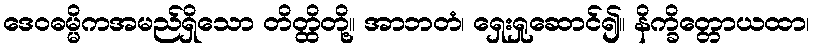
ဒေဝဓမ္မိကအမည်ရှိသော တိတ္ထိတို့။ အာဘတံ၊ ရှေးရှုဆောင်၍။ နိက္ခိတ္တောယထာ၊